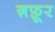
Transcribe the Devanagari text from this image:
ग़फ़ूर